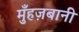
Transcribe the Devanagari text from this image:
मुँहज़बानी